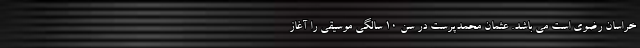
خراسان رضوی است می باشد. عثمان محمدپرست در سن ۱۰ سالگی موسیقی را آغاز